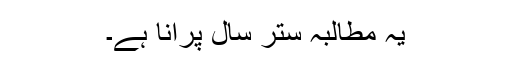
یہ مطالبہ ستر سال پُرانا ہے۔